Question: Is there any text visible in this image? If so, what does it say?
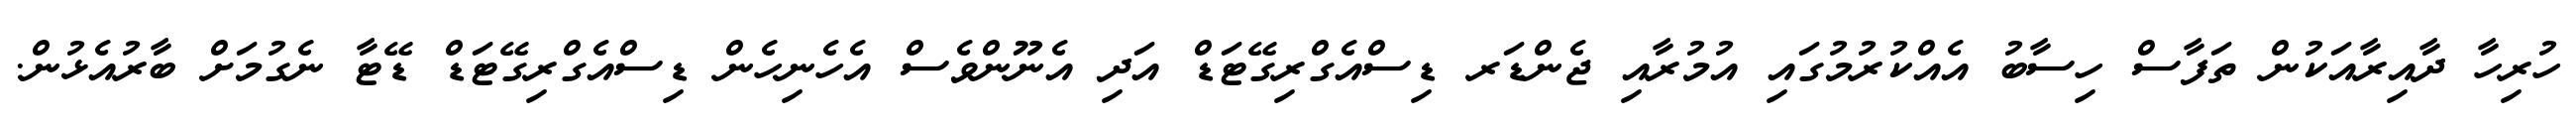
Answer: ހުރިހާ ދާއިރާއަކުން ތަފާސް ހިސާބު އެއްކުރުމުގައި އުމުރާއި ޖެންޑަރ ޑިސްއެގްރިގޭޓަޑް އަދި އެނޫންވެސް އެހެނިހެން ޑިސްއެގްރިގޭޓަޑް ޑޭޓާ ނެގުމަށް ބާރުއެޅުން.